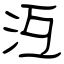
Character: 沍